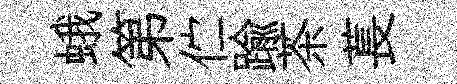
蛾第伫踰茶萇